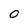
Character: 0